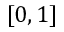
[ 0 , 1 ]